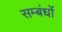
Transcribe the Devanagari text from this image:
सम्बंधोंं